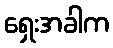
ရှေးအခါက